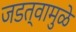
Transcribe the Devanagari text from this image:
जडत्वामुळे